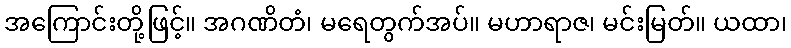
အကြောင်းတို့ဖြင့်။ အဂဏိတံ၊ မရေတွက်အပ်။ မဟာရာဇ၊ မင်းမြတ်။ ယထာ၊